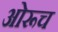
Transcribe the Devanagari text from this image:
ओरूच